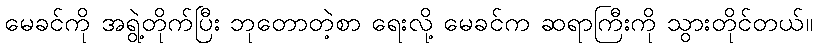
မေခင်ကို အရွဲ့တိုက်ပြီး ဘုတောတဲ့စာ ရေးလို့ မေခင်က ဆရာကြီးကို သွားတိုင်တယ်။